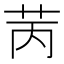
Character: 苪